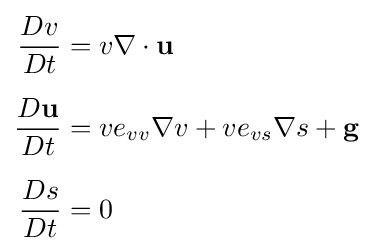
{\begin{aligned}{Dv \over Dt}&=v\nabla \cdot \mathbf {u} \\[1.2ex]{\frac {D\mathbf {u} }{Dt}}&=ve_{vv}\nabla v+ve_{vs}\nabla s+\mathbf {g} \\[1.2ex]{Ds \over Dt}&=0\end{aligned}}